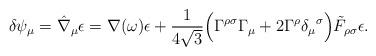
LaTeX: \begin{align*}\delta\psi_{\mu } = \hat\nabla_\mu\epsilon= \nabla (\omega) \epsilon +{1 \over4\sqrt 3 }\Bigl(\Gamma^{\rho \sigma} \Gamma_\mu +2 \Gamma^\rho \delta_\mu{}^ \sigma\Bigr)\tilde F_{\rho \sigma }\epsilon.\end{align*}